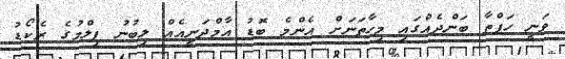
ވަނީ ހަފްތާ ބަންދެއްގައި މިހާތަނަށް އެންމެ ބޮޑު އާމްދަނީއެއް ލިބުނު ފިލްމުގެ ރެކޯޑު